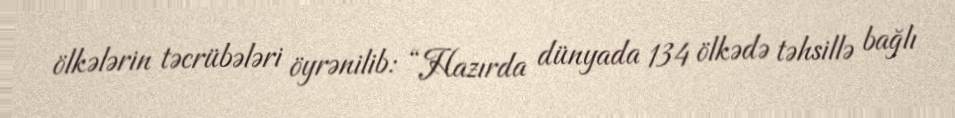
ölkələrin təcrübələri öyrənilib: “Hazırda dünyada 134 ölkədə təhsillə bağlı